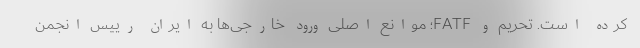
کرده است. تحریم و FATF؛ موانع اصلی ورود خارجی‌ها به ایران رییس انجمن